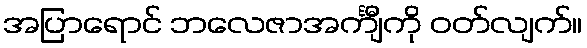
အပြာရောင် ဘလေဇာအင်္ကျီကို ဝတ်လျက်။